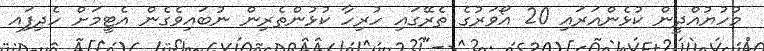
މުހުޔުއްދީން ކުޅެންއަރައި 20 އޯވަރުގެ ތެރޭގައި ހުރިހާ ކުޅުންތެރިން ނުބައިވެގެން އެޓީމަށް ހެދިފަިއ